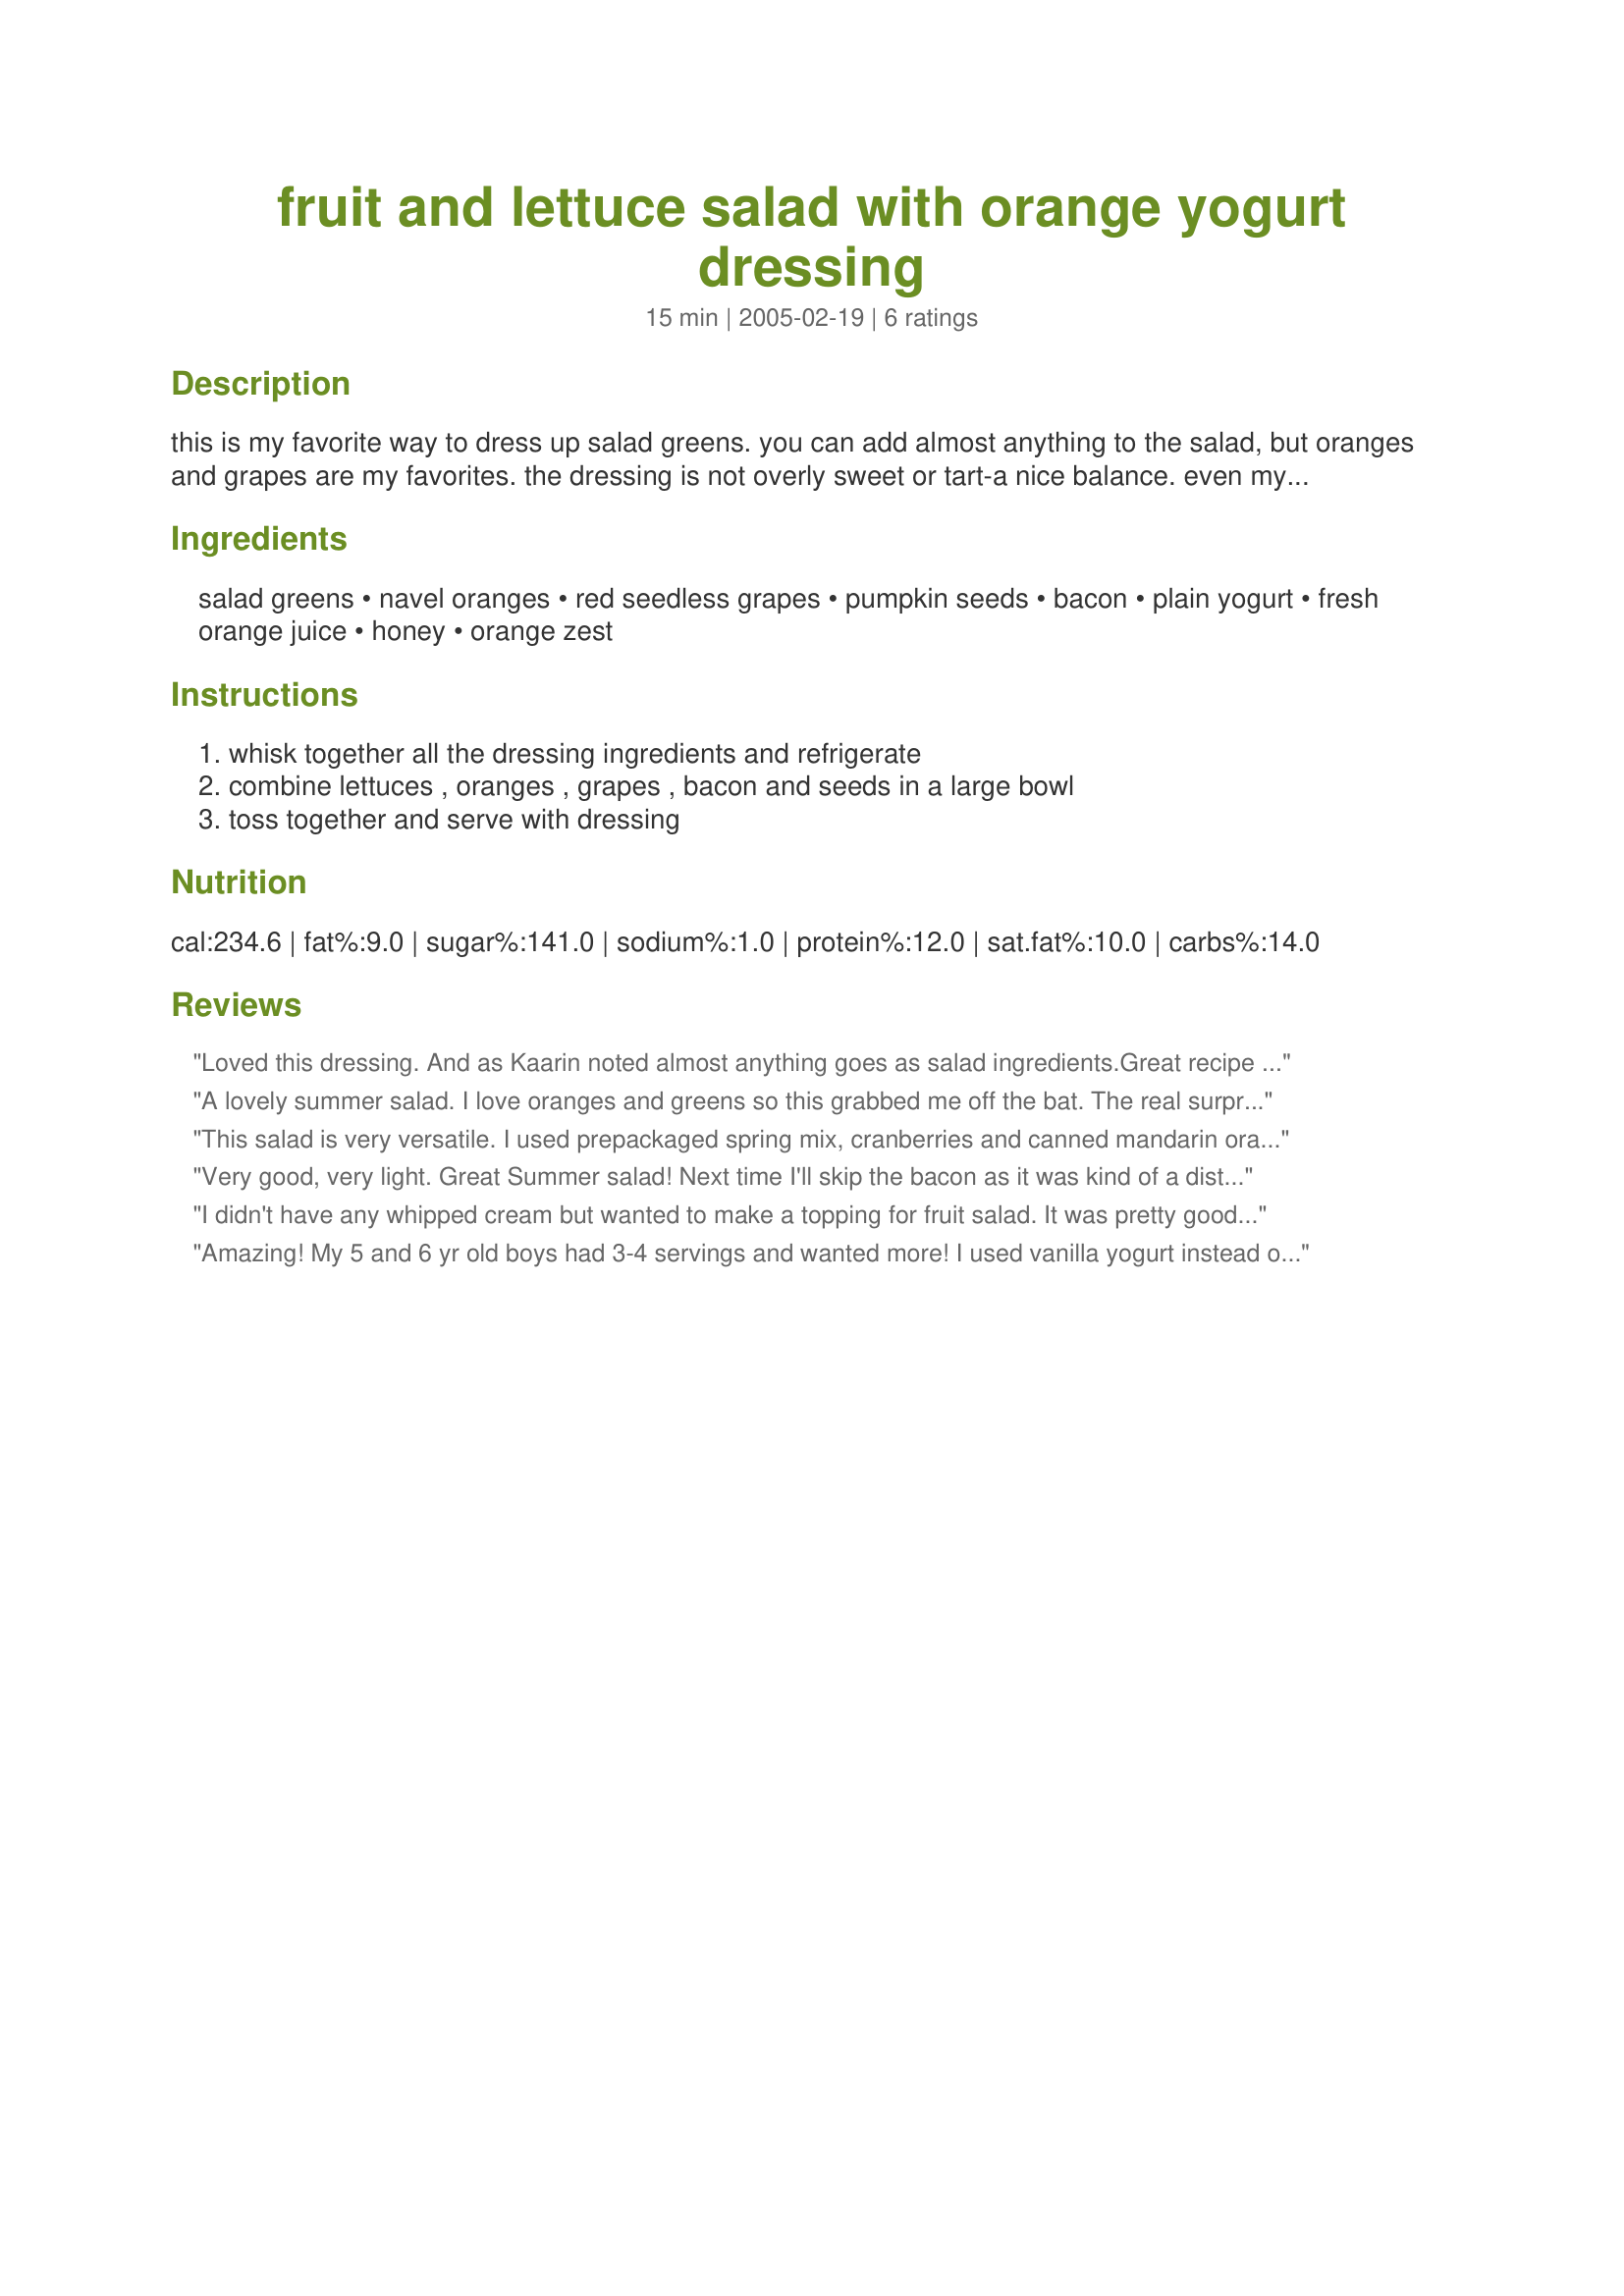
fruit and lettuce salad with orange yogurt dressing
Preparation time: 15 minutes

this is my favorite way to dress up salad greens. you can add almost anything to the salad, but oranges and grapes are my favorites. the dressing is not overly sweet or tart-a nice balance. even my 2 and 4 year olds will eat salad when prepared this way!

Ingredients:
salad greens, navel oranges, red seedless grapes, pumpkin seeds, bacon, plain yogurt, fresh orange juice, honey, orange zest

Steps:
whisk together all the dressing ingredients and refrigerate, combine lettuces , oranges , grapes , bacon and seeds in a large bowl, toss together and serve with dressing

Reviews:
Loved this dressing. And as Kaarin noted almost anything goes as salad ingredients.Great recipe to have in a repertoire. Next time I may try using some frozen orange juice concentrate to reduce the thinning of the dressing.
A lovely summer salad. I love oranges and greens so this grabbed me off the bat. The real surprise was how nicely the grapes were with the dressing. Trying to cut back a bit so I skipped the nuts and bacon - while I did not miss the bacon, I'll add nuts net time. Had some extra dressing and served it with melons and strawberries -- both would be a great addin to this salad. Thanks Kaarin!
This salad is very versatile. I used prepackaged spring mix, cranberries and canned mandarin oranges which were rinsed and well drained. The yogurt I used was a thick homemade yogurt which resulted in a thick, tangy dressing.
Very good, very light. Great Summer salad! Next time I'll skip the bacon as it was kind of a distracting flavor.
I didn't have any whipped cream but wanted to make a topping for fruit salad. It was pretty good, but a little bland.
Amazing! My 5 and 6 yr old boys had 3-4 servings and wanted more! I used vanilla yogurt instead of plain. For the seeds, I used sunflower seeds and also added blueberries.
